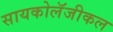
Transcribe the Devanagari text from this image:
सायकोलॅजीकल